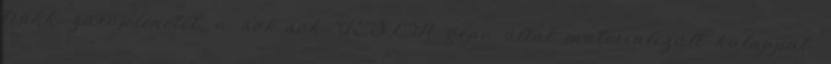
trükk zárójelenetét, a sok-sok TESLA gépe által materializált kalappal.